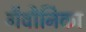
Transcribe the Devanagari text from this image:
गैवौनिका